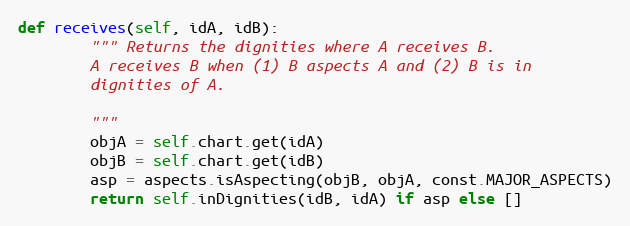
Language: Python
def receives(self, idA, idB):
        """ Returns the dignities where A receives B.
        A receives B when (1) B aspects A and (2) B is in
        dignities of A.

        """
        objA = self.chart.get(idA)
        objB = self.chart.get(idB)
        asp = aspects.isAspecting(objB, objA, const.MAJOR_ASPECTS)
        return self.inDignities(idB, idA) if asp else []